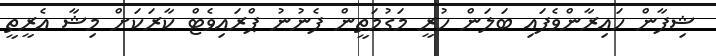
ޝިފާން ހައިރާންވެފައި ބަލަން ހުރީ މަގުމަތީން ފެނުނު ޕްރައިވެޓް ކާރަކަށް މިޝާ އެރީތީ